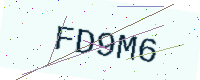
Text: FD9M6